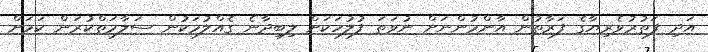
އަދި ފަތުރުވެރިޔާގެ ފަރާތުން އާންމުންނަށް ނުވަތަ ފުލުހަކަށް ލިބިދާނެ ގެއްލުމަކުން ސަލާމަތްކުރަން ކަމަށް